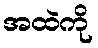
အထဲကို